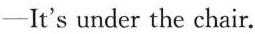
—It's under the chair.